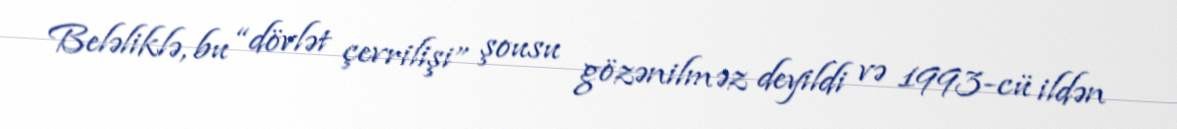
Beləliklə, bu “dövlət çevrilişi” şousu gözənilməz deyildi və 1993-cü ildən